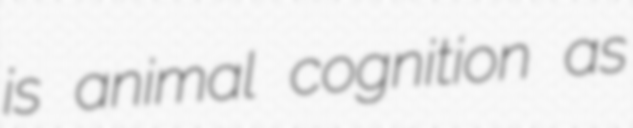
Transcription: is animal cognition as